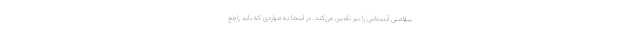
سلامتی آینده‌اش را نیز تأمین می‌کند. در اینجا به مواردی که باید راجع